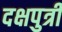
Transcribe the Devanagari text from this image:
दक्षपुत्री